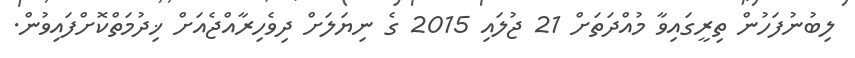
ލިބުނުފަހުން ތިރީގައިވާ މުއްދަތަށް 21 ޖުލައި 2015 ގެ ނިޔަލަށް ދިވެހިރާއްޖެއަށް ޚިދުމަތްކޮށްފައިވުން.